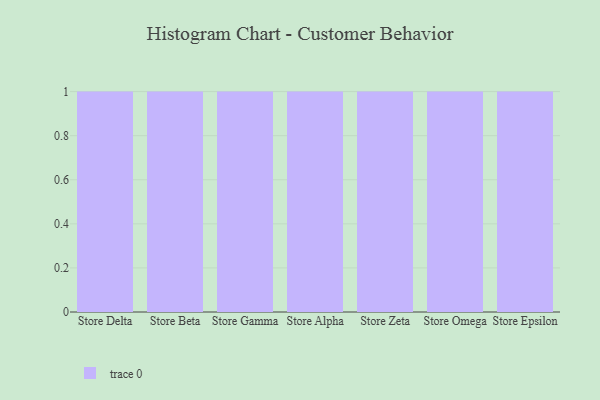
{"axis": {"x": "Store", "y": "Revenue (USD Million)"}, "legend": [""], "data": [{"x": "Store Delta", "y": 11, "type": ""}, {"x": "Store Beta", "y": 62, "type": ""}, {"x": "Store Gamma", "y": 13, "type": ""}, {"x": "Store Alpha", "y": 6, "type": ""}, {"x": "Store Zeta", "y": 40, "type": ""}, {"x": "Store Omega", "y": 35, "type": ""}, {"x": "Store Epsilon", "y": 51, "type": ""}]}